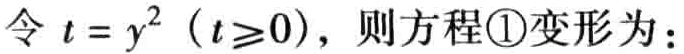
令 \( t = y^{2} \ (t\geq0)\)，则方程\textcircled{1}变形为：